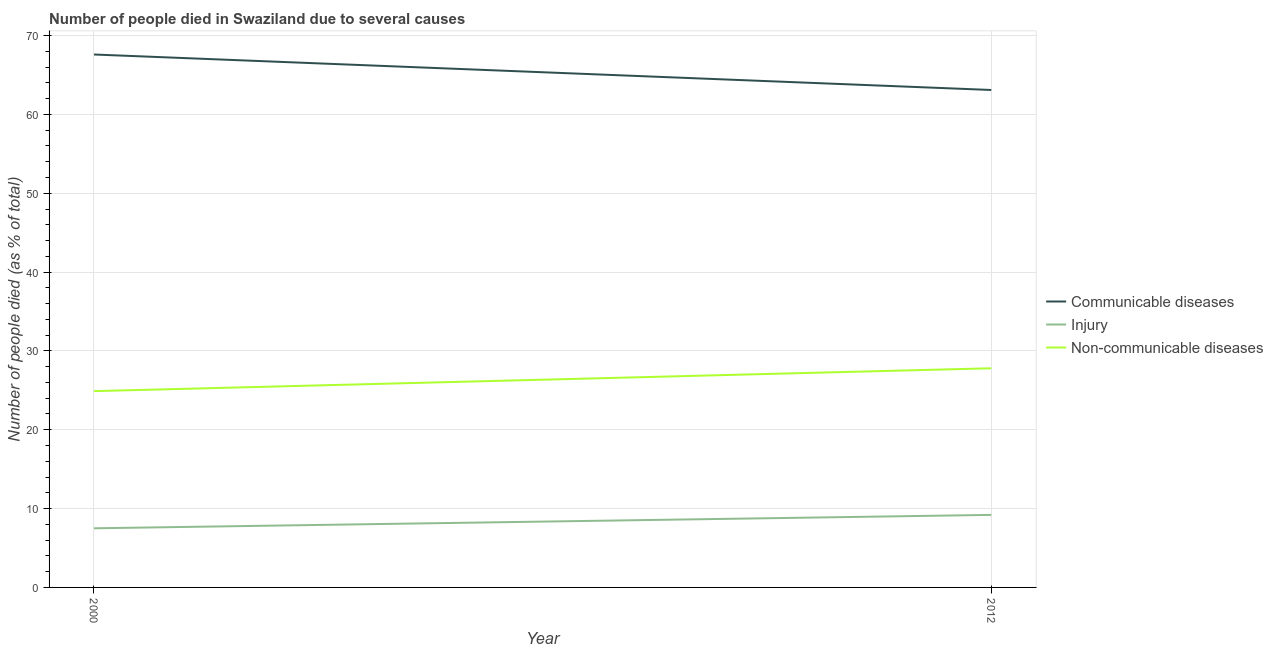
| Year | Communicable diseases | Injury | Non-communicable diseases |
 | --- | --- | --- | --- |
 | 2000 | 67.6 | 7.5 | 24.9 |
 | 2012 | 63.1 | 9.2 | 27.8 |